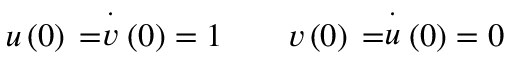
u \left( 0 \right) \, = \stackrel { \cdot } { v } \left( 0 \right) = 1 \qquad v \left( 0 \right) \, = \stackrel { \cdot } { u } \left( 0 \right) = 0